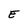
Character: E